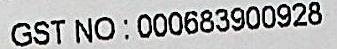
GST NO:000683900928